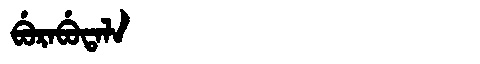
Manchu: ᠪᡠᡵᠠᠪᡠᡨᠠᠯᠠ
Romanization: BURABUTALA